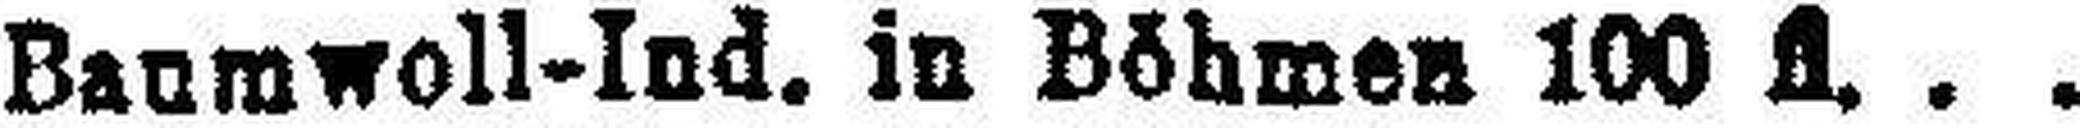
Baumwoll-Ind. in Böhmen 100 fl.